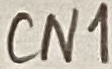
Text: CN1